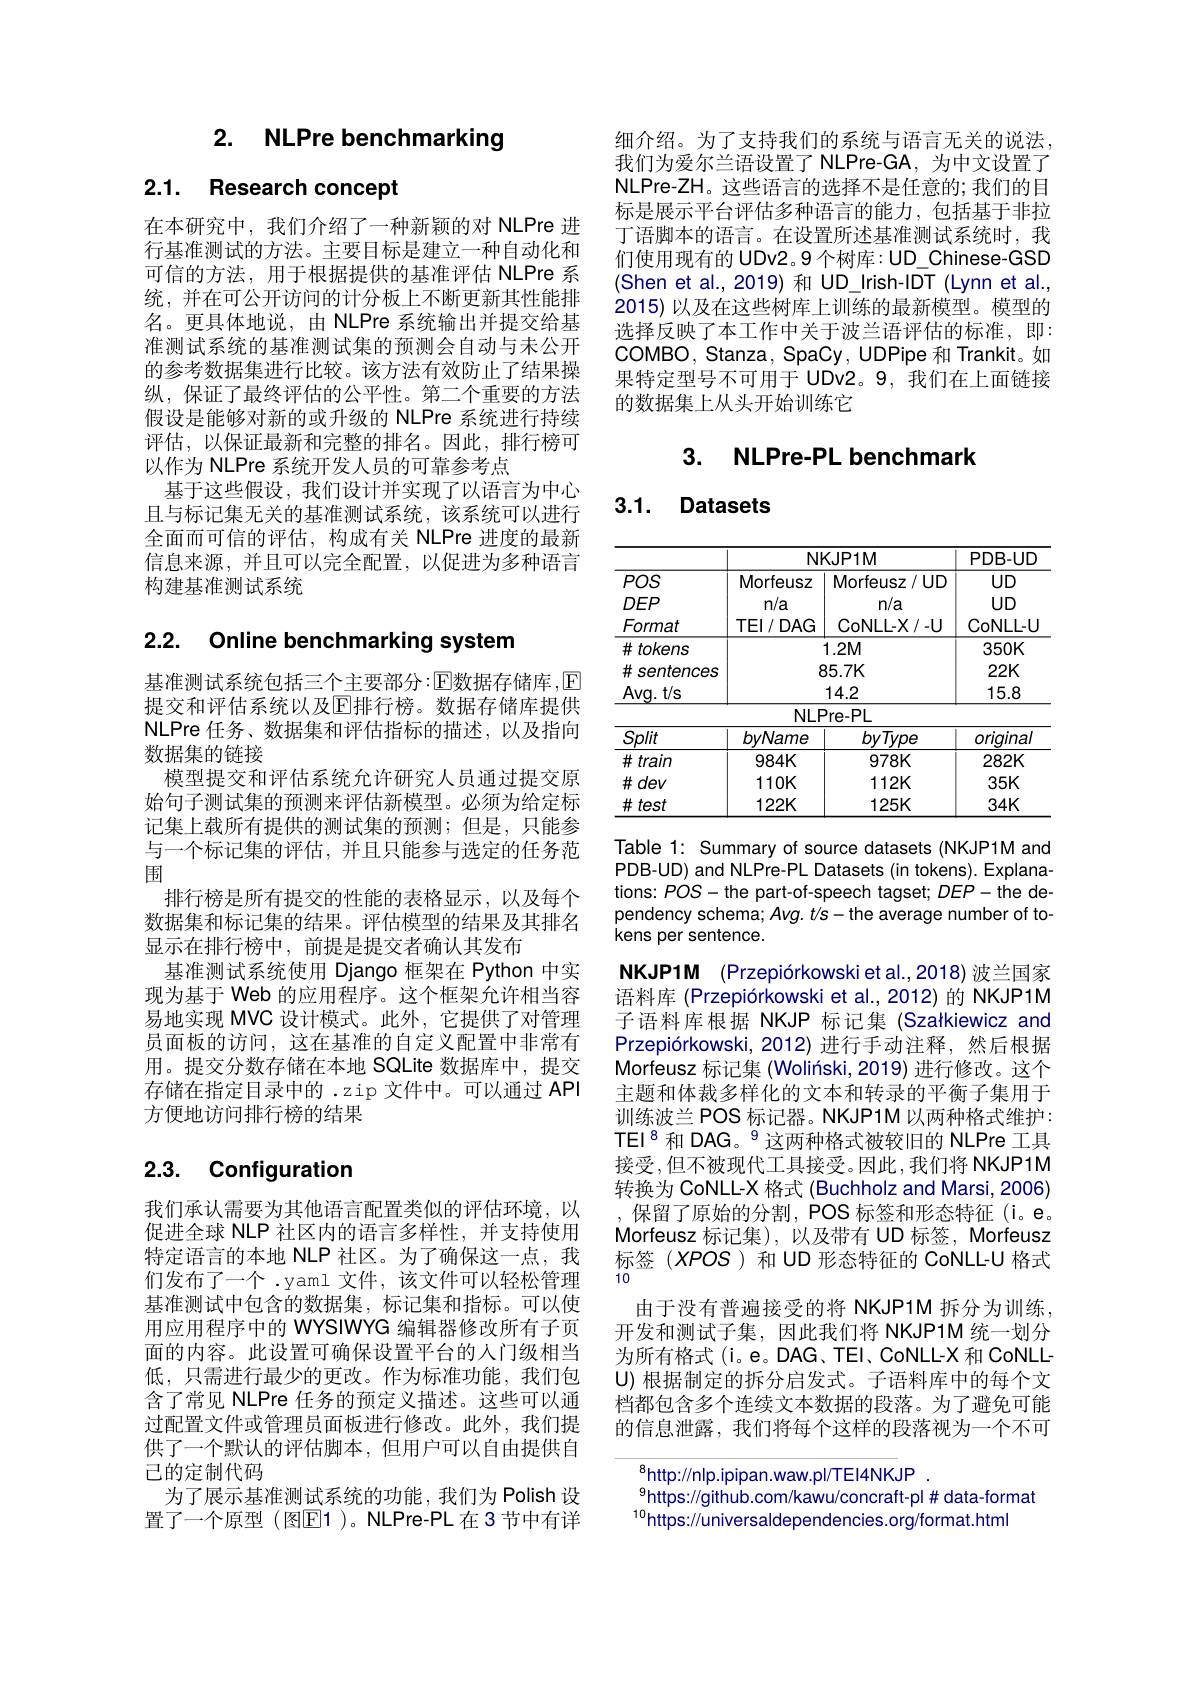
2. NLPre benchmarking

2.1. Research concept

在本研究中，我们介绍了一种新颖的对 NLPre 进行基准测试的方法。主要目标是建立一种自动化和可信的方法，用于根据提供的基准评估 NLPre 系统，并在可公开访问的计分板上不断更新其性能排名。更具体地说，由 NLPre 系统输出并提交给基准测试系统的基准测试集的预测会自动与未公开的参考数据集进行比较。该方法有效防止了结果操纵，保证了最终评估的公平性。第二个重要的方法假设是能够对新的或升级的 NLPre 系统进行持续评估，以保证最新和完整的排名。因此，排行榜可以作为 NLPre 系统开发人员的可靠参考点
基于这些假设，我们设计并实现了以语言为中心且与标记集无关的基准测试系统，该系统可以进行全面而可信的评估，构成有关 NLPre 进度的最新信息来源，并且可以完全配置，以促进为多种语言构建基准测试系统

2.2. Online benchmarking system

基准测试系统包括三个主要部分$:\mathbb{E}$数据存储库$,\mathbb{E}$ 提交和评估系统以及$\mathbb{E}$排行榜。数据存储库提供NLPre 任务、数据集和评估指标的描述，以及指向数据集的链接
模型提交和评估系统允许研究人员通过提交原始句子测试集的预测来评估新模型。必须为给定标记集上载所有提供的测试集的预测；但是，只能参与一个标记集的评估，并且只能参与选定的任务范围
排行榜是所有提交的性能的表格显示，以及每个数据集和标记集的结果。评估模型的结果及其排名显示在排行榜中，前提是提交者确认其发布
基准测试系统使用 Django 框架在 Python 中实现为基于 Web 的应用程序。这个框架允许相当容易地实现 MVC 设计模式。此外，它提供了对管理员面板的访问，这在基准的自定义配置中非常有用。提交分数存储在本地 SQLite 数据库中，提交存储在指定目录中的 .zip 文件中。可以通过 API 方便地访问排行榜的结果

### 2.3. Confiquration

我们承认需要为其他语言配置类似的评估环境，以促进全球 NLP 社区内的语言多样性，并支持使用特定语言的本地 NLP 社区。为了确保这一点，我们发布了一个 .yaml 文件 ,该文件可以轻松管理基准测试中包含的数据集，标记集和指标。可以使用应用程序中的 WYSIWYG 编辑器修改所有子页面的内容。此设置可确保设置平台的人门级相当低，只需进行最少的更改。作为标准功能，我们包含了常见 NLPre 任务的预定义描述。这些可以通过配置文件或管理员面板进行修改。此外，我们提供了一个默认的评估脚本，但用户可以自由提供自己的定制代码
为了展示基准测试系统的功能，我们为 Polish 设置了一个原型(图E1)。NLPre-PL在3节中有详

细介绍。为了支持我们的系统与语言无关的说法， 我们为爱尔兰语设置了 NLPre-GA, 为中文设置了NLPre-ZH。这些语言的选择不是任意的；我们的目标是展示平台评估多种语言的能力，包括基于非拉丁语脚本的语言。在设置所述基准测试系统时，我们使用现有的 UDv2。9 个树库：UD\_Chinese-GSD (Shen et al., 2019) 和 UD\_Irish-IDT (Lynn et al., 2015) 以及在这些树库上训练的最新模型。模型的选择反映了本工作中关于波兰语评估的标准，即： COMBO, Stanza, SpaCy, UDPipe 和 Trankit。如果特定型号不可用于 UDv2。9,我们在上面链接的数据集上从头开始训练它

3. NLPre-PL benchmark

3.1. Datasets

<table>
	<tbody>
		<tr>
			<th rowspan="1">$POS$ $DEP$ Format</th>
			<th colspan="2">NKJP1M</th>
			<th>PDB-UD</th>
		</tr>
		<tr>
			<td>$\#tokens$ $\#sentences$ Ava t/s</td>
			<td>$\xi$</td>
			<td>$1.2M$ $35.7K$ 142</td>
			<td>$350K$ $22K$ 158</td>
		</tr>
		<tr>
			<td>Split</td>
			<td>byName</td>
			<td>byType</td>
			<td>original</td>
		</tr>
		<tr>
			<td>$\#train$</td>
			<td>$984K$</td>
			<td>$978K$</td>
			<td>$282K$</td>
		</tr>
		<tr>
			<td>$\#train$ $\#dev$ $\#test$</td>
			<td>$984K$ $1110K$ $122K$</td>
			<td>$978K$ $112K$ $125K$</td>
			<td>$282K$ $35K$ $34K$</td>
		</tr>
		<tr>
			<td>$\#test$</td>
			<td>$122K$</td>
			<td>$125K$</td>
			<td>$34K$</td>
		</tr>
	</tbody>
</table>

Table 1: Summary of source datasets (NKJP1M and PDB-UD) and NLPre-PL Datasets (in tokens). Explanations: POS-the part-of-speech tagset; $DEP-$the dependency schema; Avg. $t/s-$the average number of tokens per sentence.

NKJP1M (Przepiórkowski et al.,2018) 波兰国家语料库 (Przepiórkowski et al.,2012) 的 NKJP1M 子语料库根据 NKJP 标记集 (Szałkiewicz and Przepiórkowski, 2012) 进行手动注释，然后根据Morfeusz 标记集 (Wolinski, 2019) 进行修改。这个主题和体裁多样化的文本和转录的平衡子集用于训练波兰 POS 标记器。NKJP1M 以两种格式维护： TEI$^{8}$和 DAG。$^{9}$这两种格式被较旧的 NLPre 工具接受，但不被现代工具接受。因此，我们将 NKJP1M 转换为 CoNLL-X 格式 (Buchholz and Marsi, 2006) 保留了原始的分割，POS 标签和形态特征(i。e。Morfeusz 标记集),以及带有 UD 标签，Morfeusz 标签(XPOS)和UD形态特征的 CoNLL-U 格式10
由于没有普遍接受的将 NKJP1M 拆分为训练， 开发和测试子集，因此我们将 NKJP1M 统一划分为所有格式(i。e。DAG、TEI、CoNLL-X 和 CoNLLU) 根据制定的拆分启发式。子语料库中的每个文档都包含多个连续文本数据的段落。为了避免可能的信息泄露，我们将每个这样的段落视为一个不可

$^{8}$http://nlp.ipipan.waw.pI/TEI4NKJP
$_{10}^{9}$https://github.com/kawu/concraft-pl #data-format
$^{10}$https://universaldependencies.org/format.html